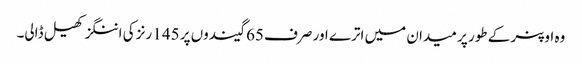
وہ اوپنر کے طور پر میدان میں اترے اور صرف 65 گیندوں پر 145 رنز کی اننگز کھیل ڈالی۔